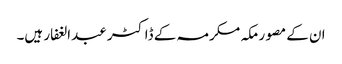
ان کے مصور مکہ مکرمہ کے ڈاکٹر عبدالغفار ہیں۔